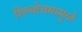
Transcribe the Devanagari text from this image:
शिष्योत्तमामुळे